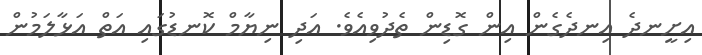
އިށީނދެ އިނދެގެން އިން ގޮޑިން ތެދުވިއެވެ. އަދި ނިޔާމް ކޮނޑުގައި އަތް އަޅާލަމުން